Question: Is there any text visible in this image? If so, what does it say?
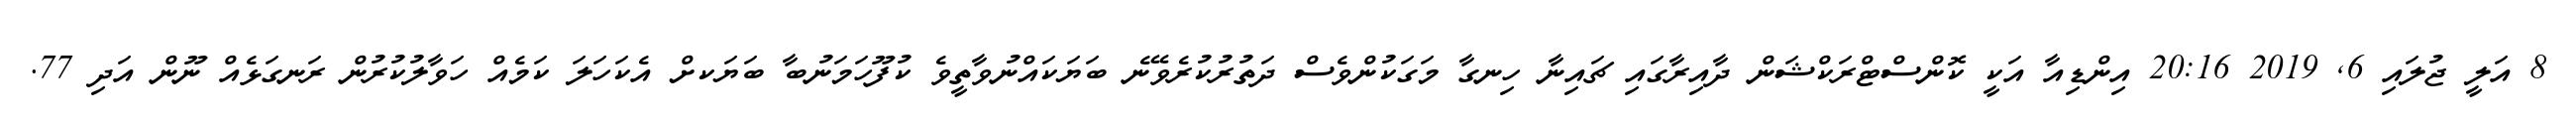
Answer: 8 އަލީ ޖުލައި 6, 2019 20:16 އިންޑިއާ އަކީ ކޮންސްޓްރަކްޝަން ދާއިރާގައި ޗައިނާ ހިނގާ މަގަކުންވެސް ދަތުރުކުރެވޭނެ ބަޔަކައްނުވާތީވެ ކުފޫހަމަނުބާ ބަޔަކށް އެކަހަލަ ކަމެއް ހަވާލުކުރުން ރަނގަޅެއް ނޫން އަދި 77.